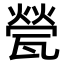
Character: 甇